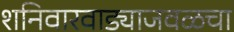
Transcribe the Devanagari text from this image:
शनिवारवाड्याजवळचा